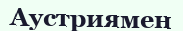
Аустриямен